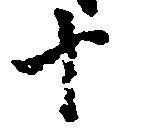
十